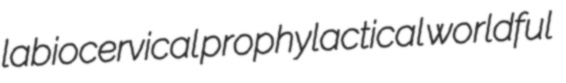
labiocervical prophylactical worldful